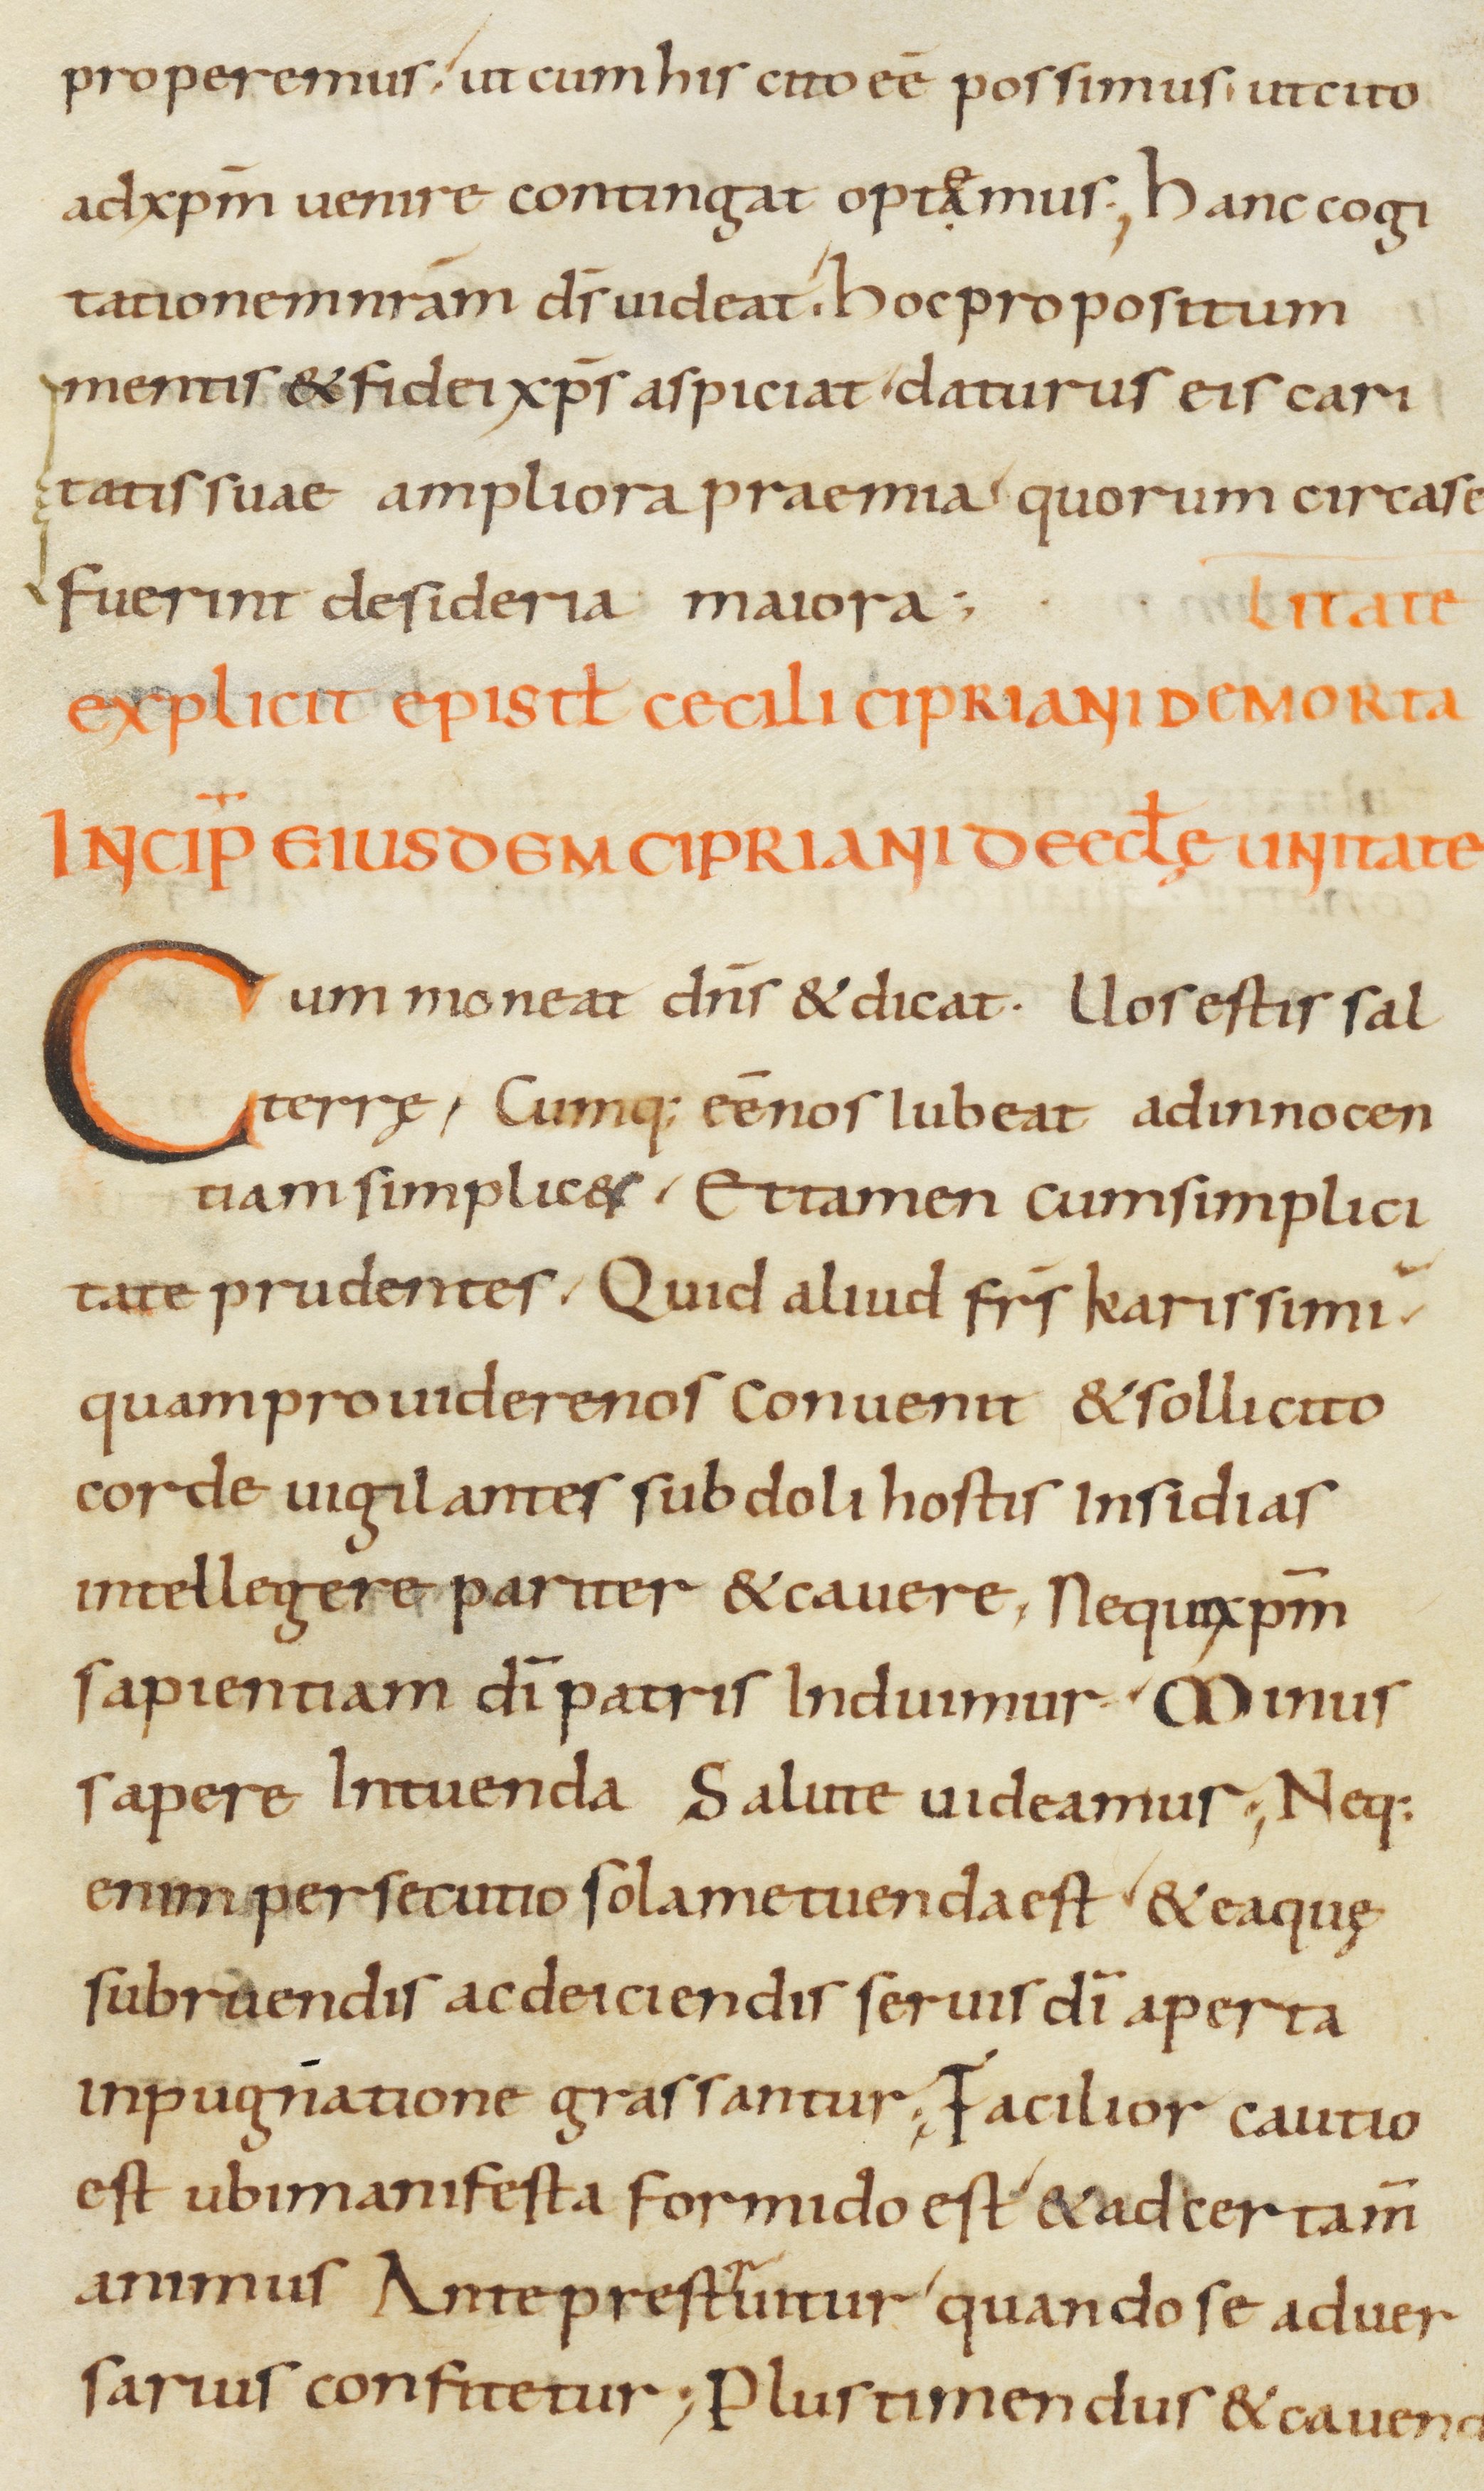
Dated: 800–899